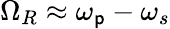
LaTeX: \Omega_{R}\approx\omega_{\mathsf{p}}-\omega_{s}